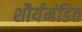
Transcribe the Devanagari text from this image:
शौर्यमंडित